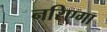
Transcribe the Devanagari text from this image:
नरिएगा